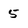
Character: 5